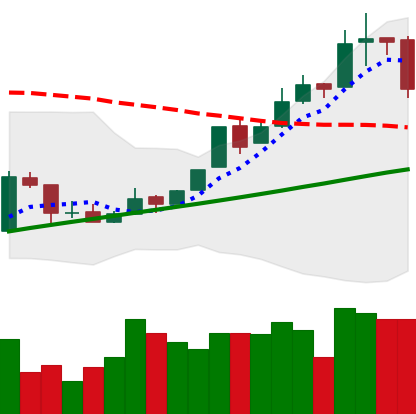
Ticker: BTC-USD
Chart end date: 2016-02-23
Forward return: 3.035%
Label: up_3_5